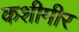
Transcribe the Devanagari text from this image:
कशीमीर